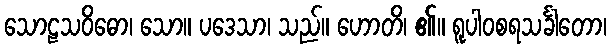
သောဠသဝိဓော၊ သော။ ပဒေသာ၊ သည်။ ဟောတိ၊ ၏။ ရူပါဝစရသင်္ခါတော၊